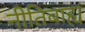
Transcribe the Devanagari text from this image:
नीतिबाह्य